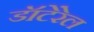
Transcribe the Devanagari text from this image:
डॉटेरेल